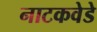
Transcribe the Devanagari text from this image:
नाटकवेडे